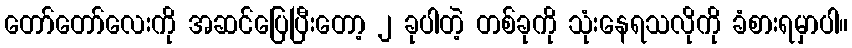
တော်တော်လေးကို အဆင်ပြေပြီးတော့ ၂ ခုပါတဲ့ တစ်ခုကို သုံးနေရသလိုကို ခံစားရမှာပါ။